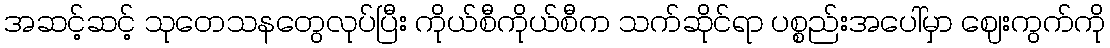
အဆင့်ဆင့် သုတေသနတွေလုပ်ပြီး ကိုယ်စီကိုယ်စီက သက်ဆိုင်ရာ ပစ္စည်းအပေါ်မှာ ဈေးကွက်ကို